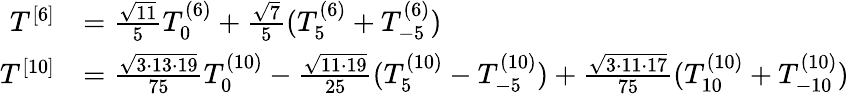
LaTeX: \begin{array}{rl}{T^{[6]}}&{=\frac{\sqrt{11}}{5}T_{0}^{(6)}+\frac{\sqrt{7}}{5}(T_{5}^{(6)}+T_{-5}^{(6)})}\\ {T^{[10]}}&{=\frac{\sqrt{3\cdot 13\cdot 19}}{75}T_{0}^{(10)}-\frac{\sqrt{11\cdot 19}}{25}(T_{5}^{(10)}-T_{-5}^{(10)})+\frac{\sqrt{3\cdot 11\cdot 17}}{75}(T_{10}^{(10)}+T_{-10}^{(10)})}\end{array}